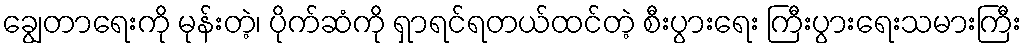
ချွေတာရေးကို မုန်းတဲ့၊ ပိုက်ဆံကို ရှာရင်ရတယ်ထင်တဲ့ စီးပွားရေး ကြီးပွားရေးသမားကြီး